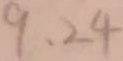
9 、 2 4